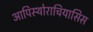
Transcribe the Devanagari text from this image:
आपिस्थोराचियासिस